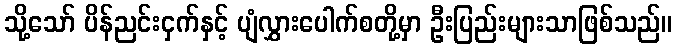
သို့သော် ပိန်ညင်းငှက်နှင့် ပျံလွှားပေါက်စတို့မှာ ဦးပြည်းများသာဖြစ်သည်။